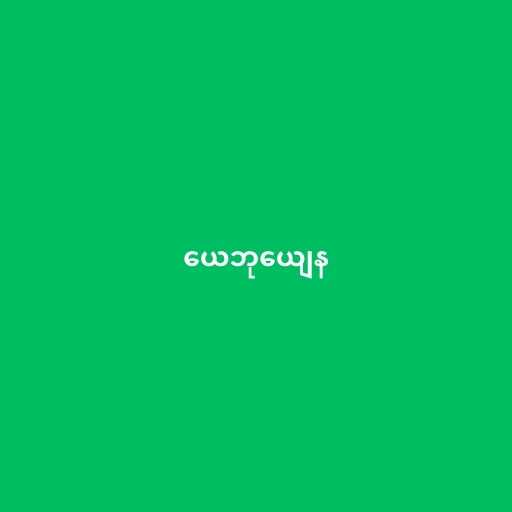
ယေဘုယျေန